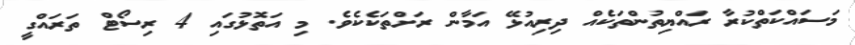
މަސައްކަތްކުރާ ރައްޔިތުންތަކެއް ދިރިއުޅޭ އަމާން ރަށްތަކެކެވެ. މި އަތޮޅުގައި 4 ރިސޯޓް ތަރައްގީ